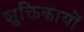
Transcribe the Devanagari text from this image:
शुक्तिकायों